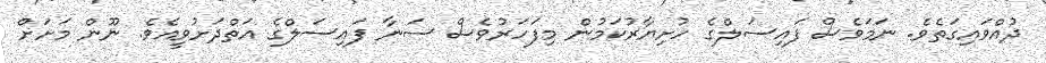
ދުއްވައިގަތެވެ. ނަމަވެސް ފައިސަލްގެ ހުށިޔާރުކަމުން މިފަހަރުވެސް ސަނާ ފައިސަލްގެ އަތްދަށުވީއެވެ. ނޫން މަށަށް